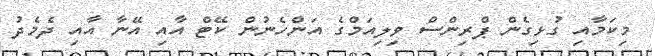
މިކަމާއި ގުޅިގެން ޕްރިންސް ވިލިއަމްގެ އަންހެނުން ކޭޓް އާއި އޭނާ އާއި ދެމެދު